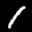
Label: 1